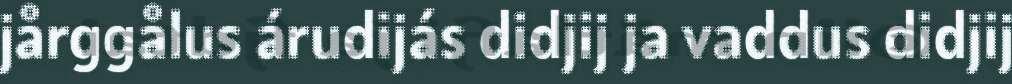
jårggålus árudijás didjij ja vaddus didjij